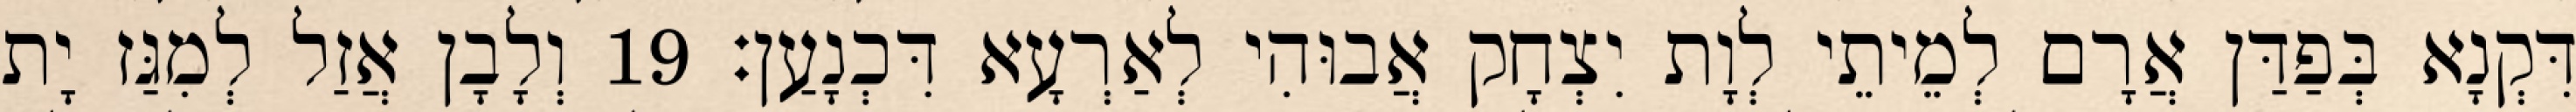
דִּקְנָא בְּפַדַּן אֲרָם לְמֵיתֵי לְוָת יִצְחָק אֲבוּהִי לְאַרְעָא דִּכְנָעַן׃ 19 וְלָבָן אֲזַל לְמִגַּז יָת